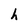
Character: h